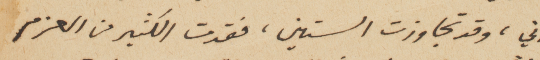
اني، وقد تجاوزت الستين، فقدت الكثير من العزم